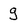
Character: g